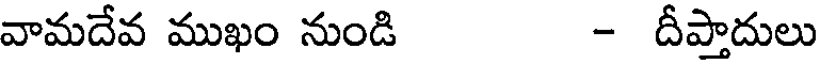
వామదేవ ముఖం నుండి - దీప్తాదులు